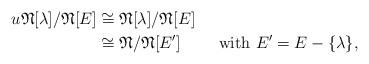
LaTeX: \begin{align*}u{{{{\mathfrak N}}}}[\lambda]/{{{{\mathfrak N}}}}[E]&\cong{{{{\mathfrak N}}}}[\lambda]/{{{{\mathfrak N}}}}[E]\\{}&\cong {{{{\mathfrak N}}}}/{{{{\mathfrak N}}}}[E']\quad\quad\mbox{ with }E'=E-\{\lambda\},\end{align*}